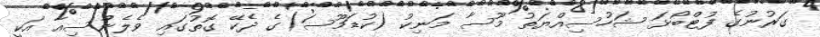
ގަރުނުގެ ފުޓްބޯޅަ ޝަހުސިއްޔަތު މޫސާ މަނިކު (ކުޑަމޫސަ)ގެ ދެކޭ ގޮތުގައި ވެލެންސިއާ އަކީ